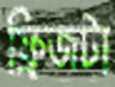
ফ্রিজটা